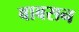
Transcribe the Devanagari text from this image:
बाबसन